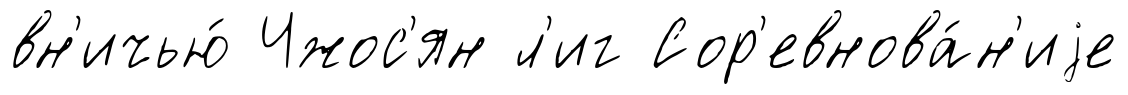
вн'ичью́ Чжос'ян л'иг Сор'евнова́н'иjе